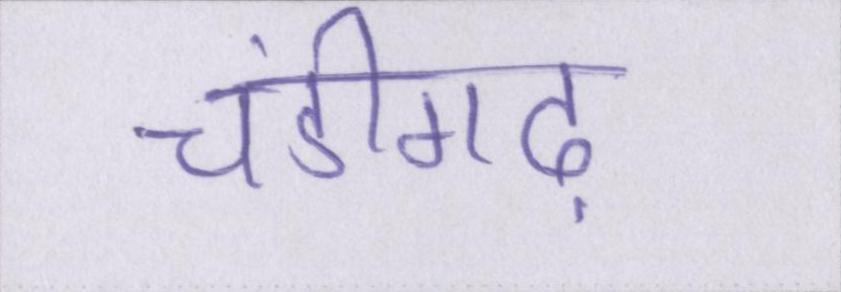
चंडीगढ़